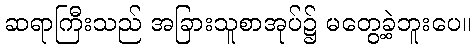
ဆရာကြီးသည် အခြားသူစာအုပ်၌ မတွေ့ခဲ့ဘူးပေ။